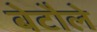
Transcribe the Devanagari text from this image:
बेटौले